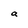
Character: a